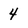
Character: 4